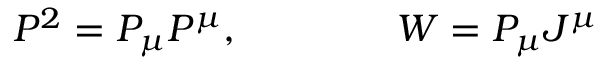
P ^ { 2 } = P _ { \mu } P ^ { \mu } , \qquad \qquad W = P _ { \mu } J ^ { \mu }